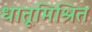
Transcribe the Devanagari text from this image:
धातूमिश्रित